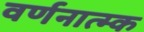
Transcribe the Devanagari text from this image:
वर्णनात्म्क